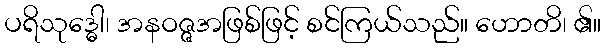
ပရိသုဒ္ဓေါ၊ အနဝဇ္ဇအဖြစ်ဖြင့် စင်ကြယ်သည်။ ဟောတိ၊ ၏။